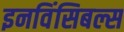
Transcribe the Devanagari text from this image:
इनविंसिबल्स